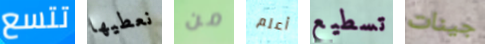
تتسع نعطيها من أعلم تسطيع جينات